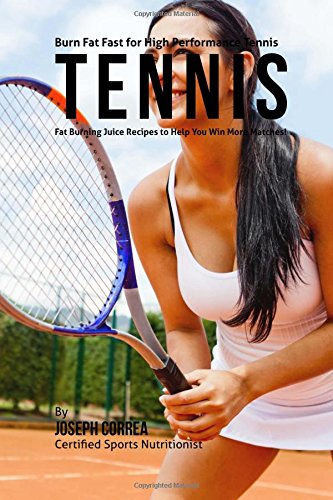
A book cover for Burn Fat Fast for High Performance Tennis: Fat Burning Juice Recipes to Help You Win More Matches!; Joseph Correa (Certified Sports Nutritionist); Sports & Outdoors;